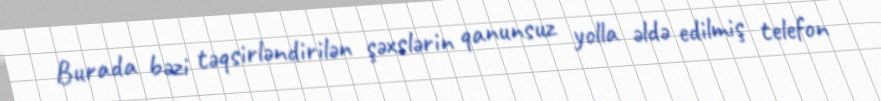
Burada bəzi təqsirləndirilən şəxslərin qanunsuz yolla əldə edilmiş telefon